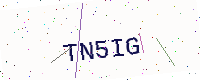
Text: TN5IG